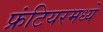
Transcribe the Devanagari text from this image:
फ्रंटियरमध्ये